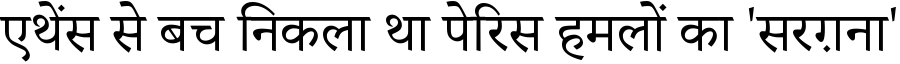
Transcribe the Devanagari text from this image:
एथेंस से बच निकला था पेरिस हमलों का 'सरग़ना'